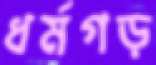
ধর্মগড়